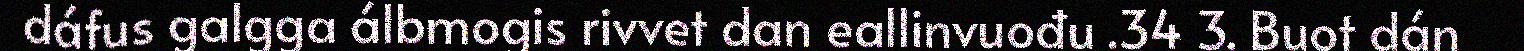
dáfus galgga álbmogis rivvet dan eallinvuođu .34 3. Buot dán